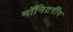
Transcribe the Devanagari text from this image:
मॉनिटरींग